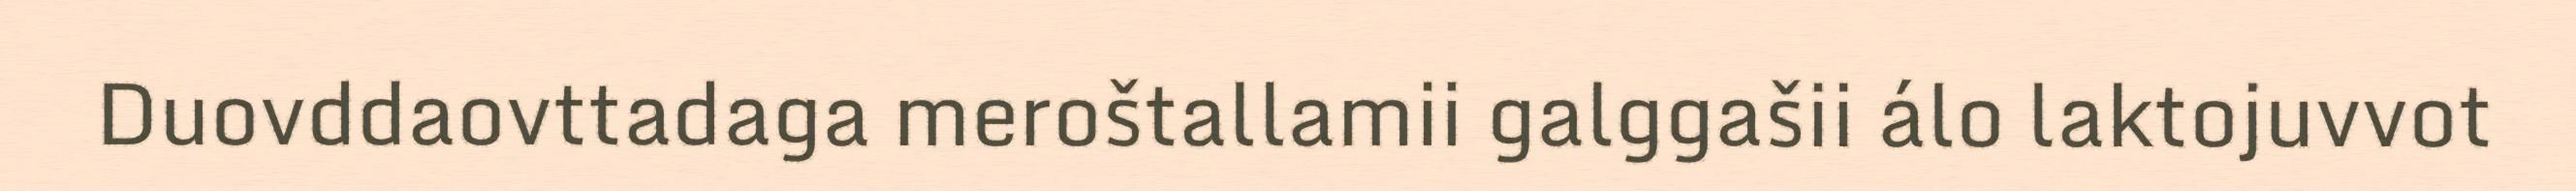
Duovddaovttadaga meroštallamii galggašii álo laktojuvvot